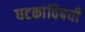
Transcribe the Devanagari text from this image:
घटकांविषयी